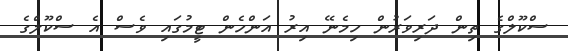
ސްކޫލްގެ ތިން ދަރިވަރުން ހިމެނޭ އިރު އަންހެން ޓީމުގައި ވެސް އެ ސްކޫލްގެ